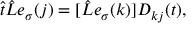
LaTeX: \hat { t } \hat { L } e _ { \sigma } ( j ) = [ \hat { L } e _ { \sigma } ( k ) ] D _ { k j } ( t ) ,